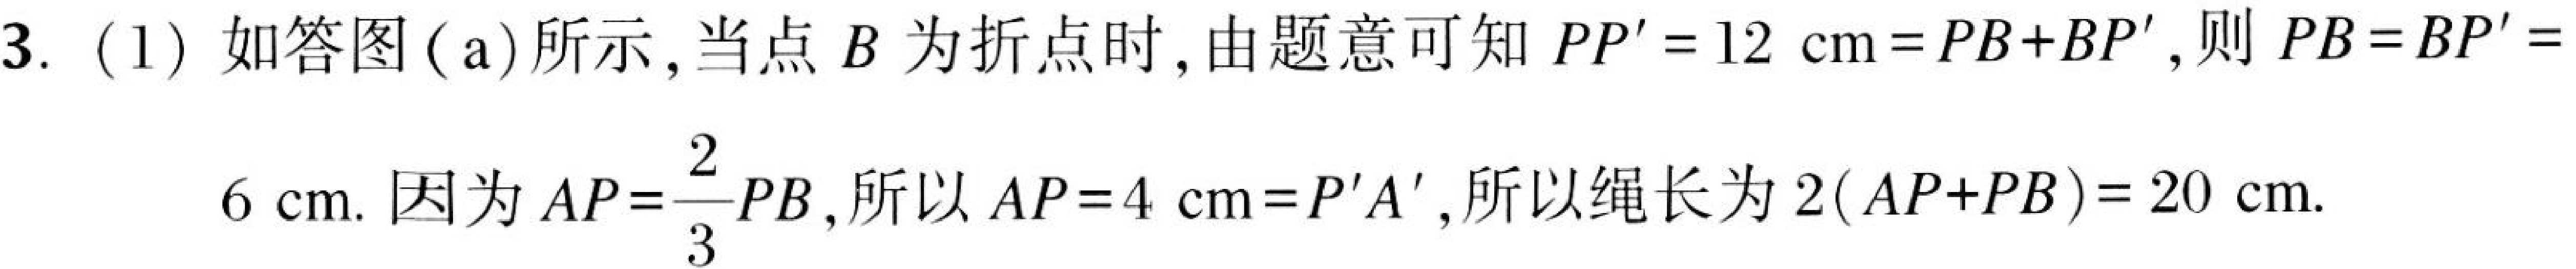
3. (1) 如答图 (a)所示,当点\(B\)为折点时,由题意可知\(PP' = 12\mathrm{cm}=PB + BP'\),则\(PB = BP' = 6\mathrm{cm}\). 因为\(AP=\frac{2}{3}PB\),所以\(AP = 4\mathrm{cm}=P'A'\),所以绳长为\(2(AP + PB)=20\mathrm{cm}\).